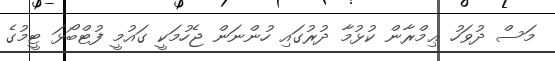
މަސް ދުވަހު ޢިމްރާން ކުޅުމާ ދުރުގައި ހުންނަން ޖެހުމަކީ ގައުމީ ފުޓްބޯޅަ ޓީމުގެ